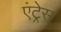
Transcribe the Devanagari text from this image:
एंट्रेस